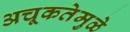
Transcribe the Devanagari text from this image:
अचूकतेमुळे